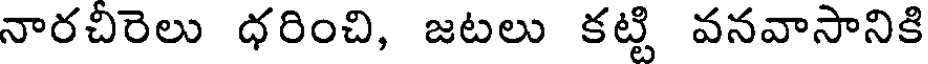
నారచీరెలు ధరించి, జటలు కట్టి వనవాసానికి